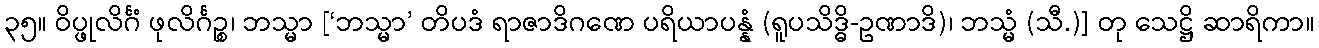
၃၅။ ဝိပ္ဖုလိင်္ဂံ ဖုလိင်္ဂဉ္စ၊ ဘသ္မာ [‘ဘသ္မာ’ တိပဒံ ရာဇာဒိဂဏေ ပရိယာပန္နံ (ရူပသိဒ္ဓိ-ဥဏာဒိ)၊ ဘသ္မံ (သီ.)] တု သေဋ္ဌိ ဆာရိကာ။